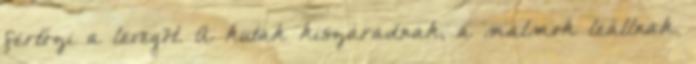
fertőzi a levegõt. A kutak kiszáradnak, a malmok leállnak.